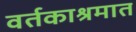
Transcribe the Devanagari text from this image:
वर्तकाश्रमात